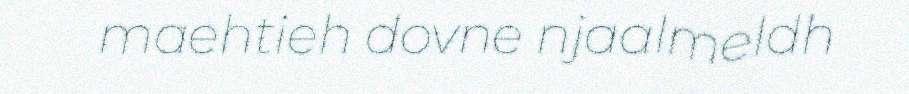
maehtieh dovne njaalmeldh